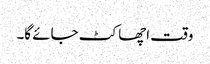
وقت اچھا کٹ جائے گا۔